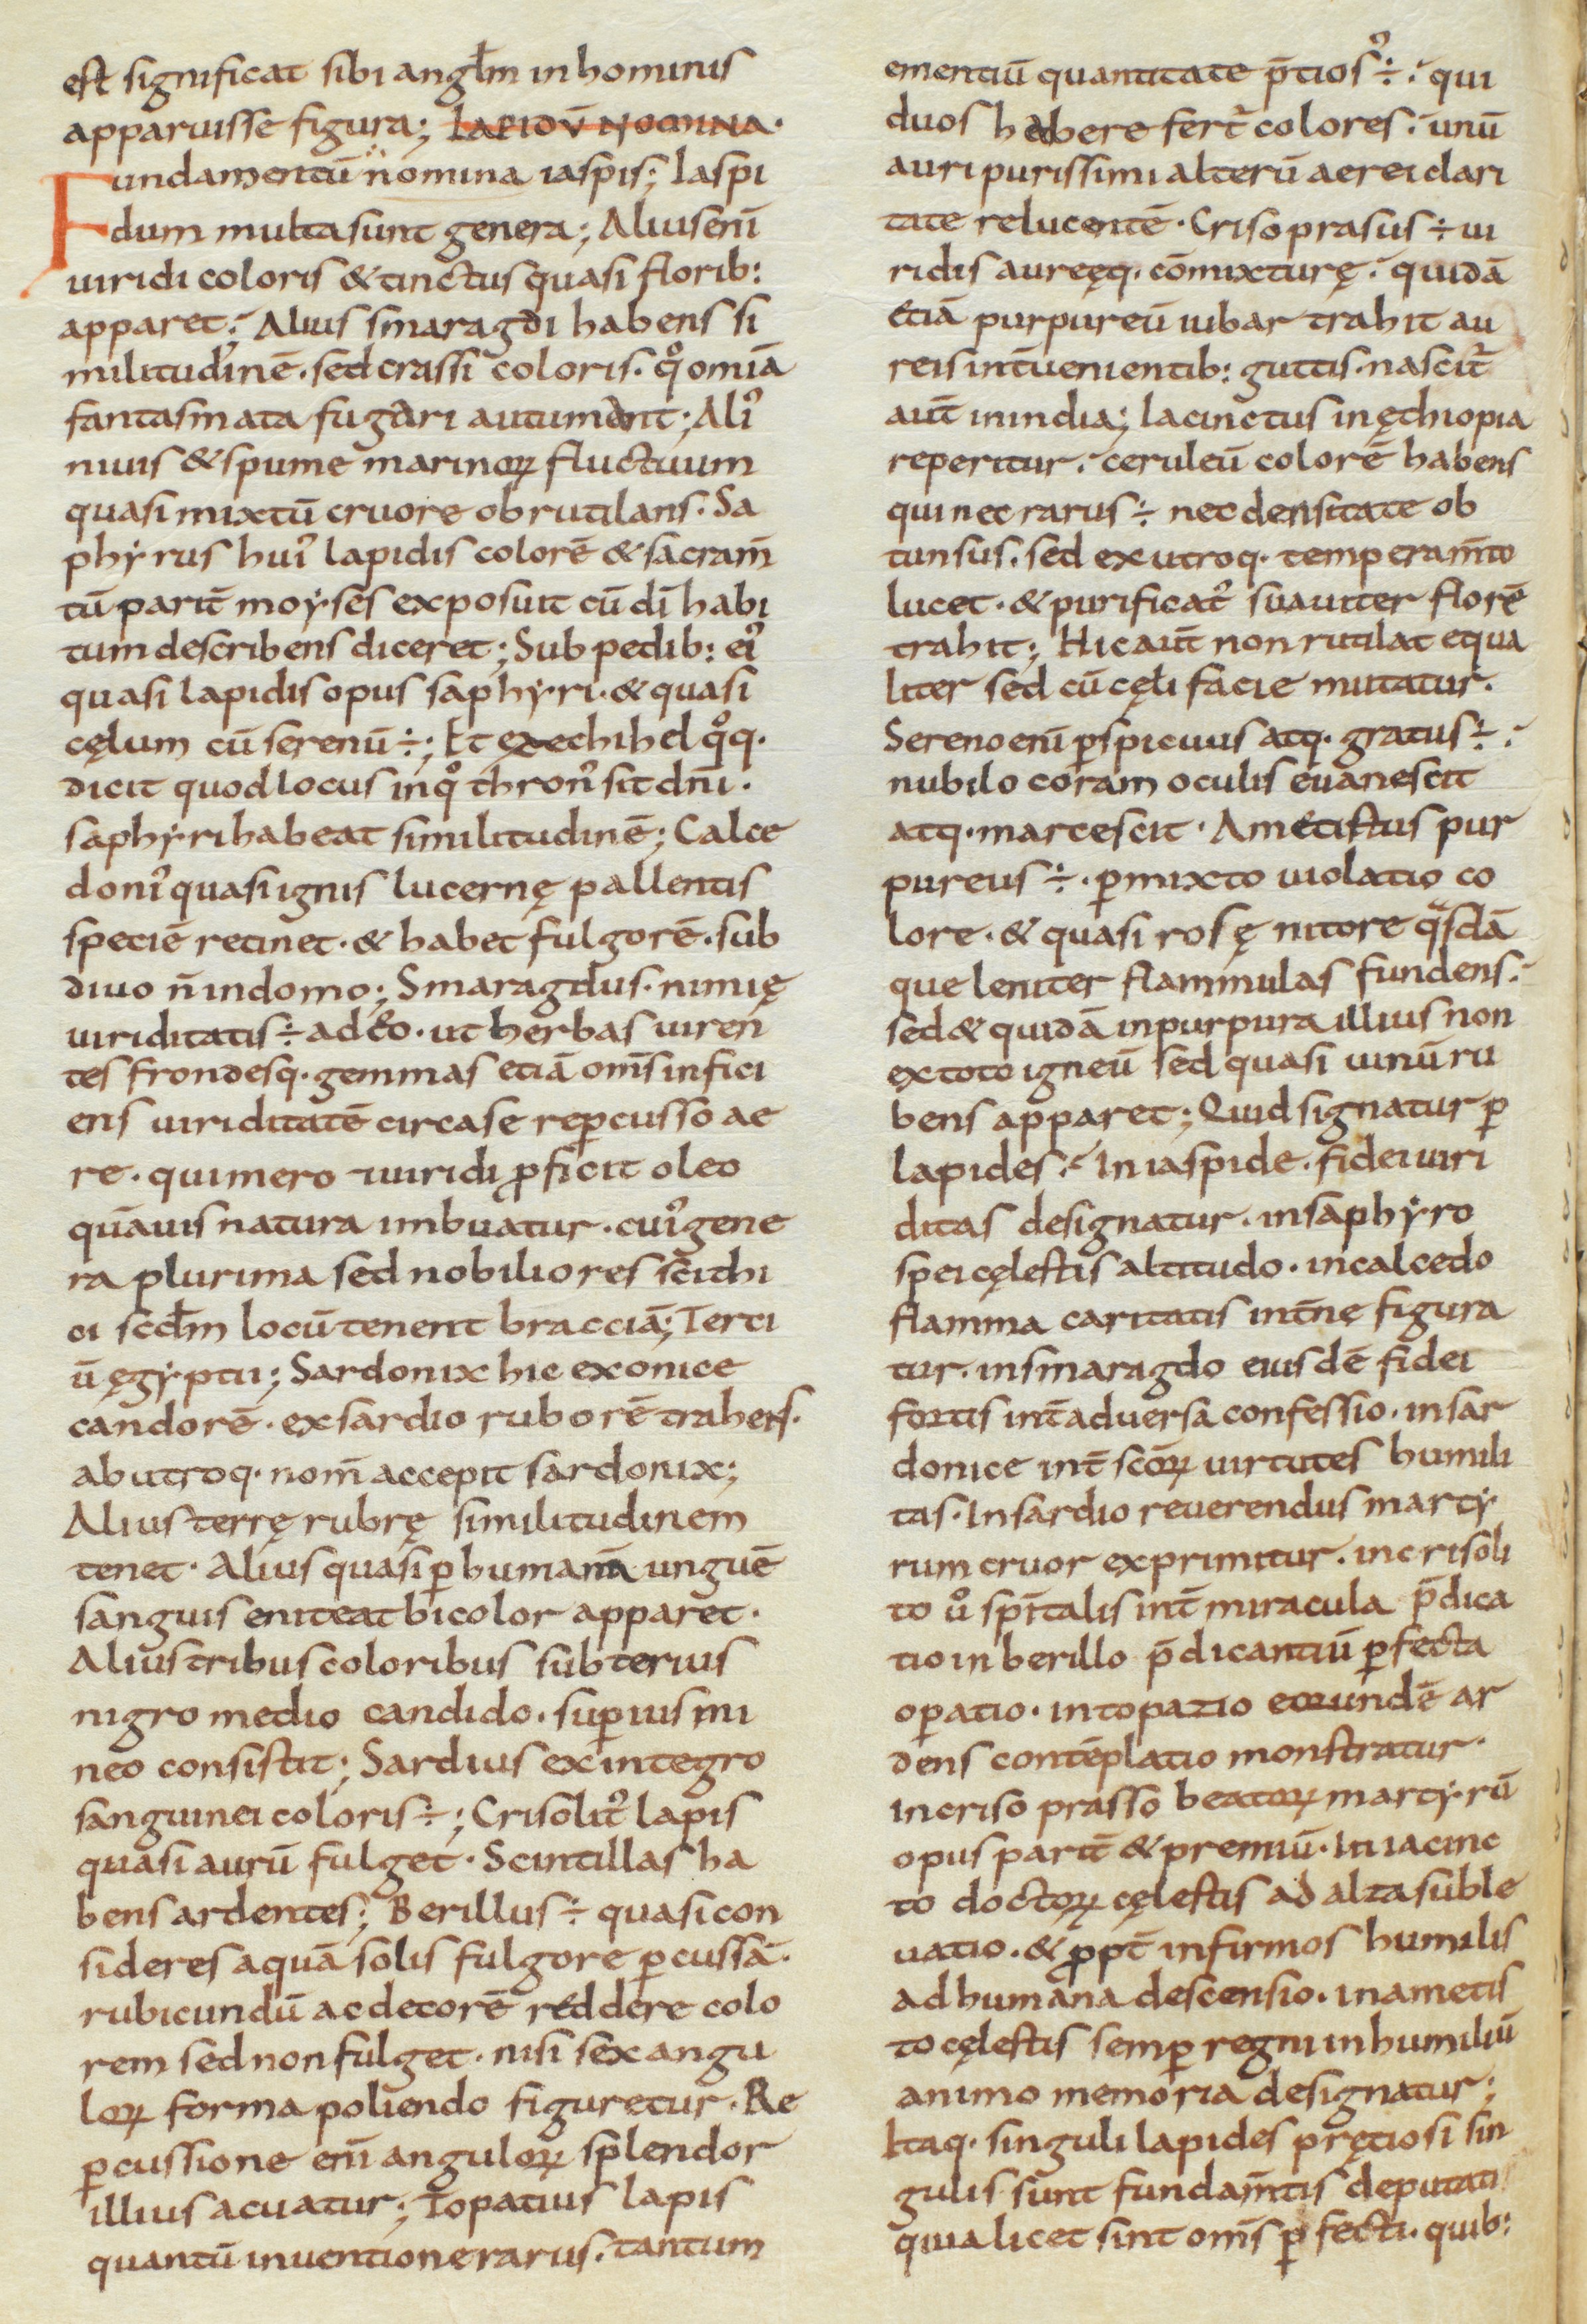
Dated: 850–915